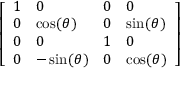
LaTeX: \left[ \begin{array} { l l l l } { 1 } & { 0 } & { 0 } & { 0 } \\ { 0 } & { \cos ( \theta ) } & { 0 } & { \sin ( \theta ) } \\ { 0 } & { 0 } & { 1 } & { 0 } \\ { 0 } & { - \sin ( \theta ) } & { 0 } & { \cos ( \theta ) } \end{array} \right]